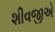
શીવજીએ